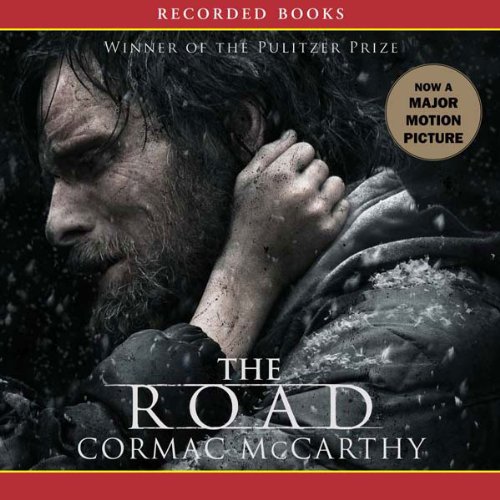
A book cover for The Road; Cormac McCarthy; Reference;